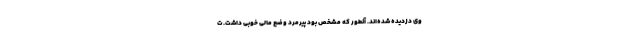
وی دزدیده شده‌اند. آنطور که مشخص بود پیرمرد وضع مالی خوبی داشت. ت